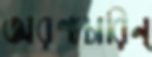
অরণ্যচারিন্